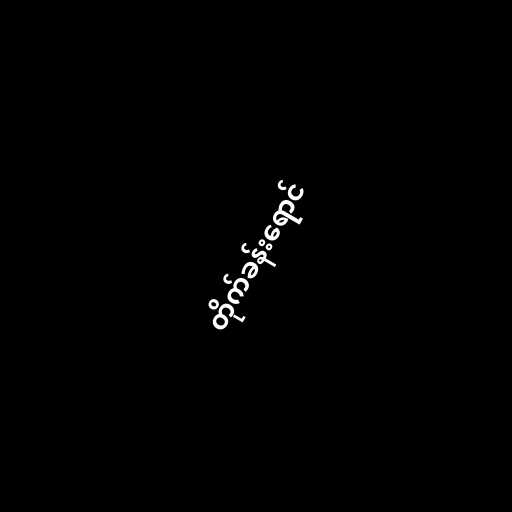
တိုက်ခန်းရောင်